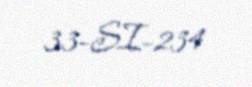
33-SI-234